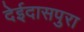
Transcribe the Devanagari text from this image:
देईदासपुरा